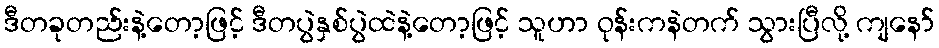
ဒီတခုတည်းနဲ့တော့ဖြင့် ဒီတပွဲနှစ်ပွဲထဲနဲ့တော့ဖြင့် သူဟာ ဝုန်းကနဲတက် သွားပြီလို့ ကျနော်